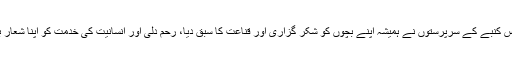
بیس افراد پر مشتمل اس کنبے کے سرپرستوں نے ہمیشہ اپنے بچوں کو شکر گزاری اور قناعت کا سبق دیا، رحم دلی اور انسانیت کی خدمت کو اپنا شعار بنانے کی ترغیب دی۔